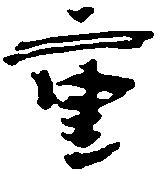
重